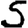
Digit: 5